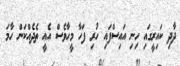
ދާދި ކައިރީގައި ހިނި އައިސްފައި ހުރި ފަހާ މީހާވެސް އެއީ ތެދެއްކަން ހާމަ